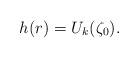
LaTeX: \begin{align*}h(r)=U_k(\zeta_0).\end{align*}